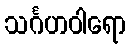
သင်္ဂဟဝါရော